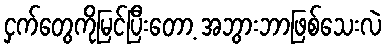
ငှက်တွေကိုမြင်ပြီးတော့ အဘွားဘာဖြစ်သေးလဲ